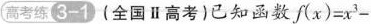
高考练(3-1 (全国Ⅱ高考)已知函数 $$f ( x ) = x ^ { 3 } -